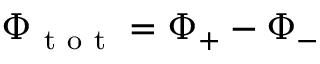
\Phi _ { \mathrm { ~ t ~ o ~ t ~ } } = \Phi _ { + } - \Phi _ { - }